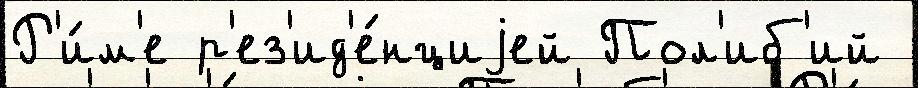
Р'и́м'е р'ез'ид'е́нциjей Пол'иб'ий